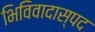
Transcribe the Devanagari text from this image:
भिविवादास्पद